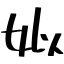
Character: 姒